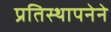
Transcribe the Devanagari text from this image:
प्रतिस्थापनेने